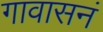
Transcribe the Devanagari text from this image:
गावासनं